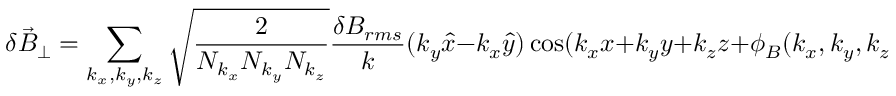
\delta \vec { B } _ { \perp } = \sum _ { k _ { x } , k _ { y } , k _ { z } } \sqrt { \frac { 2 } { N _ { k _ { x } } N _ { k _ { y } } N _ { k _ { z } } } } \frac { \delta B _ { r m s } } { k } ( k _ { y } \hat { x } - k _ { x } \hat { y } ) \cos ( k _ { x } x + k _ { y } y + k _ { z } z + \phi _ { B } ( k _ { x } , k _ { y } , k _ { z } ) ) ,